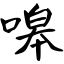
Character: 嗥